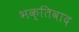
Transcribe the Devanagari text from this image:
भक्तिवाद